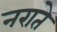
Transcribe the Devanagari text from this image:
नराते